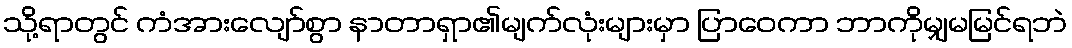
သို့ရာတွင် ကံအားလျော်စွာ နာတာရှာ၏မျက်လုံးများမှာ ပြာဝေကာ ဘာကိုမျှမမြင်ရဘဲ